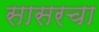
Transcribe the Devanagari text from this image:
सासरचा